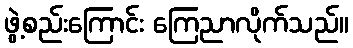
ဖွဲ့စည်းကြောင်း ကြေညာလိုက်သည်။